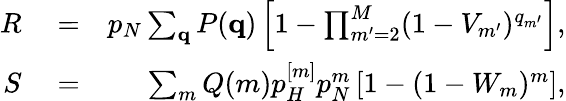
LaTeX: \begin{array}{rlr}{R}&{{}=}&{p_{N}\sum_{{\mathbf q}}P({\mathbf q})\left[1-\prod_{m^{\prime}=2}^{M}(1-V_{m^{\prime}})^{q_{m^{\prime}}}\right],}\\ {S}&{{}=}&{\sum_{m}Q(m)p_{H}^{[m]}p_{N}^{m}\left[1-(1-W_{m})^{m}\right],}\end{array}